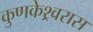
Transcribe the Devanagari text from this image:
कुणकेश्र्वरास